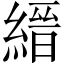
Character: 縉